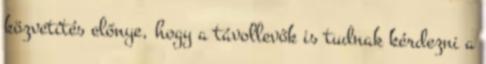
közvetítés előnye, hogy a távollevők is tudnak kérdezni a